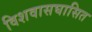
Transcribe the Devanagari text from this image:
विशवासघासित